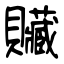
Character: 贜